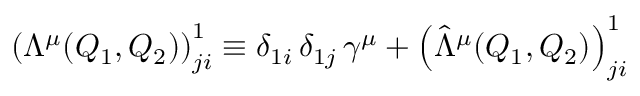
\left( \Lambda ^ { \mu } ( Q _ { 1 } , Q _ { 2 } ) \right) _ { j i } ^ { 1 } \equiv \delta _ { 1 i } \, \delta _ { 1 j } \, \gamma ^ { \mu } + \left( \hat { \Lambda } ^ { \mu } ( Q _ { 1 } , Q _ { 2 } ) \right) _ { j i } ^ { 1 }